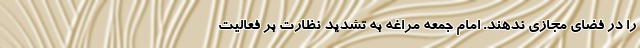
را در فضای مجازی ندهند. امام جمعه مراغه به تشدید نظارت‌ بر فعالیت